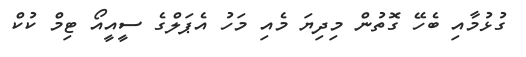
ގުޅުމާއި ބެހޭ ގޮތުން މިދިޔަ މެއި މަހު އެޕަލްގެ ސީއީއޯ ޓިމް ކުކް